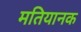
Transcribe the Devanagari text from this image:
मतियानक